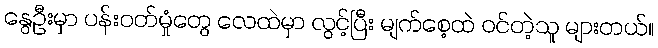
နွေဦးမှာ ပန်းဝတ်မှုံတွေ လေထဲမှာ လွင့်ပြီး မျက်စေ့ထဲ ဝင်တဲ့သူ များတယ်။